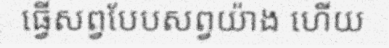
ធ្វើសព្វបែបសព្វយ៉ាង ហើយ